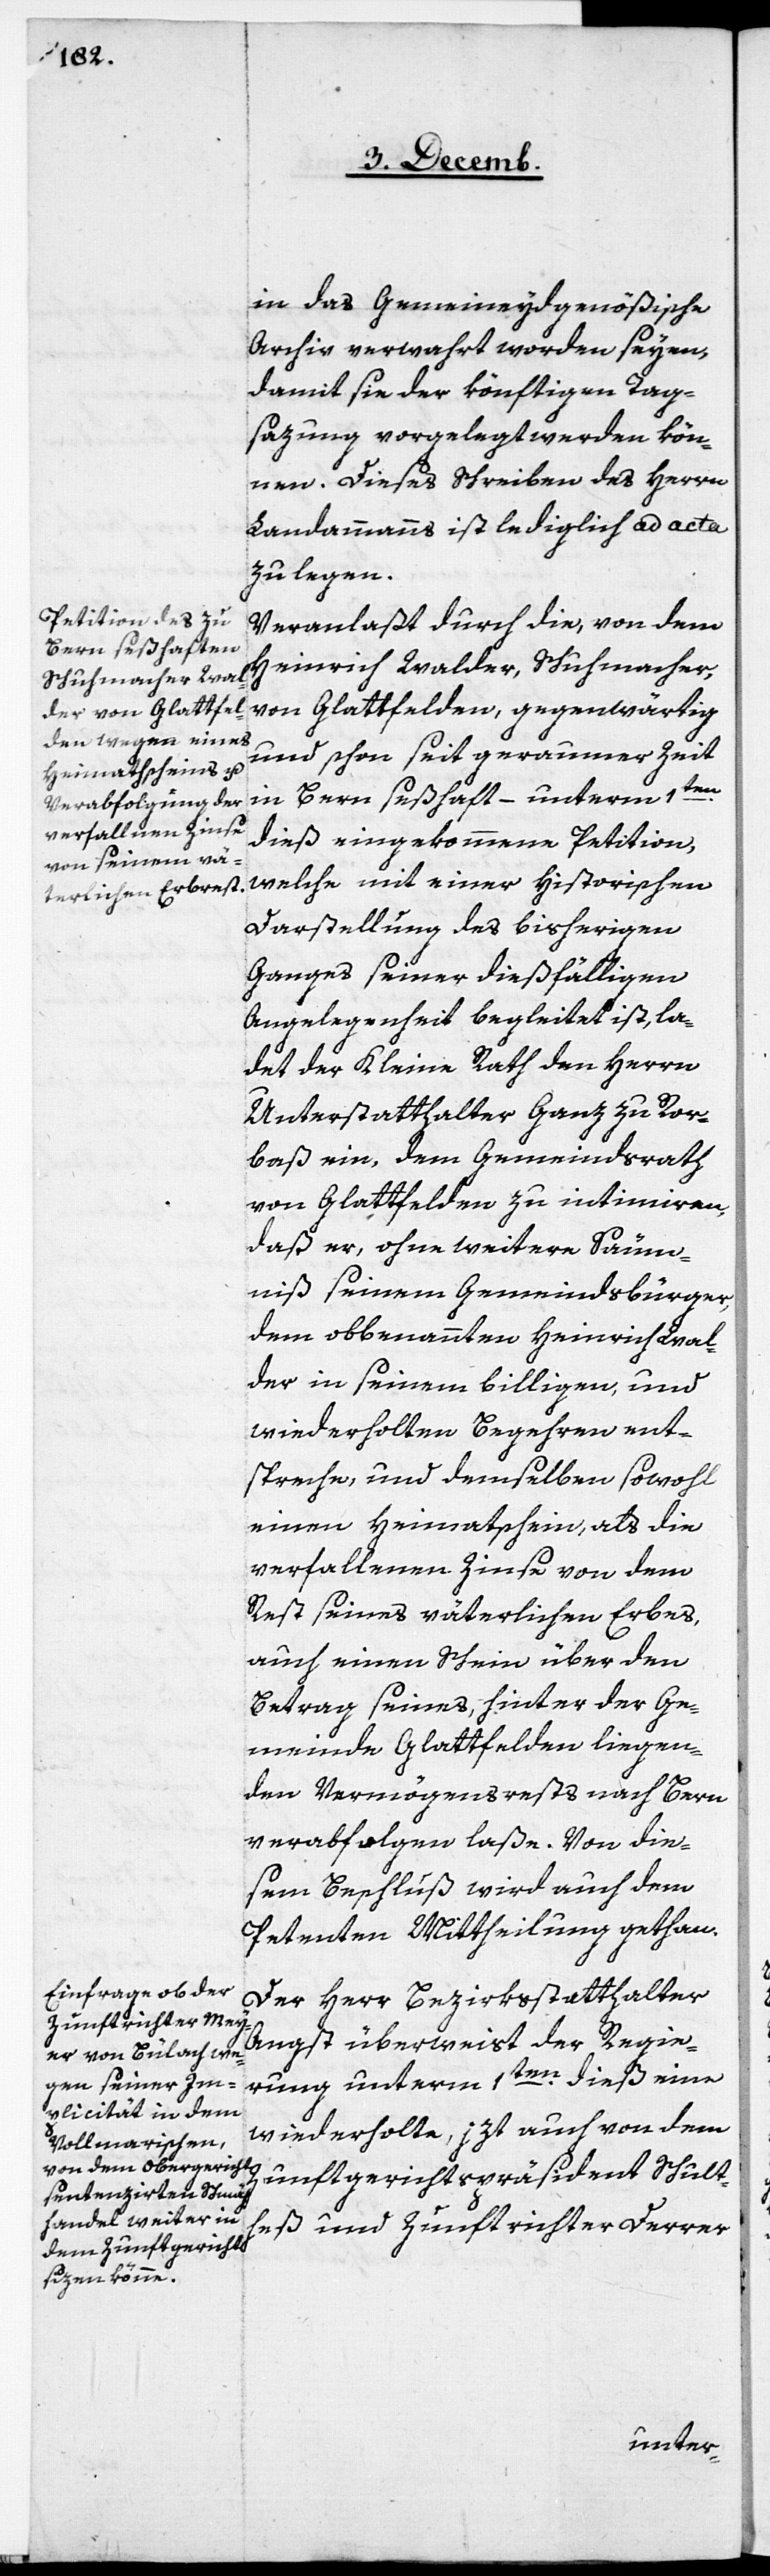
in das Gemeineydgenößische
Archiv verwahrt worden seyen,
damit sie der könftigen Tag¬
sazung vorgelegt werden kön¬
nen. Dieses Schreiben des Herrn
Landammanns ist lediglich ad acta
zu legen.
Veranlaßt durch die, von dem
Heinrich Walder, Schuhmacher,
von Glattfelden, gegenwärtig
und schon seit geraumer Zeit
in Bern seßhaft – unterm 1sten.
dieß eingekommene Petition,
welche mit einer historischen
Darstellung des bisherigen
Ganges seiner dießfälligen
Angelegenheit begleitet ist, la¬
det der Kleine Rath den Herrn
Unterstatthalter Ganz zu Ror¬
bas ein, dem Gemeindsrath
von Glattfelden zu intimiren,
daß er, ohne weitere Säum¬
niß seinem Gemeindsbürger,
dem obbenannten Heinrich Wal¬
der in seinem billigen, und
wiederholten Begehren ent¬
spreche, und demselben sowohl
einen Heymathschein, als die
verfallenen Zinse von dem
Rest seines väterlichen Erbes,
auch einen Schein über den
Betrag seines hinter der Ge¬
meinde Glattfelden liegen¬
den Vermögensrests nach Bern
verabfolgen laße. Von die¬
sem Beschluß wird auch dem
Petenten Mittheilung gethan.
Der Herr Bezirksstatthalter
Angst überweist der Regie¬
rung unterm 1sten. dieß eine
wiederholte, jzt [sic!] auch von dem
Zunftgerichtspräsident Schult¬
heß und Zunftrichter Derrer